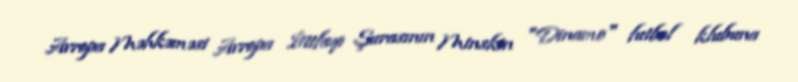
Avropa Məhkəməsi Avropa İttifaqı Şurasının Minskin "Dinamo" futbol klubuna